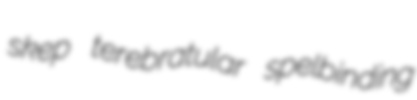
skep terebratular spelbinding